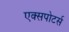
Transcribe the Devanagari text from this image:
एक्सपोटर्स